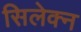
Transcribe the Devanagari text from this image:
सिलेक्न